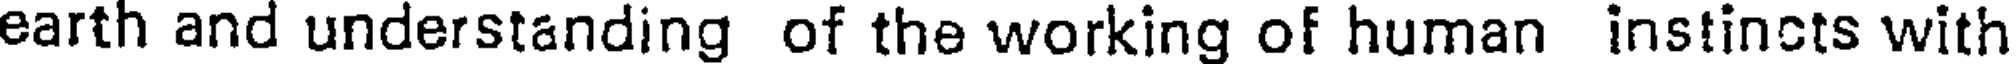
earth and understanding of the working of human instincts with